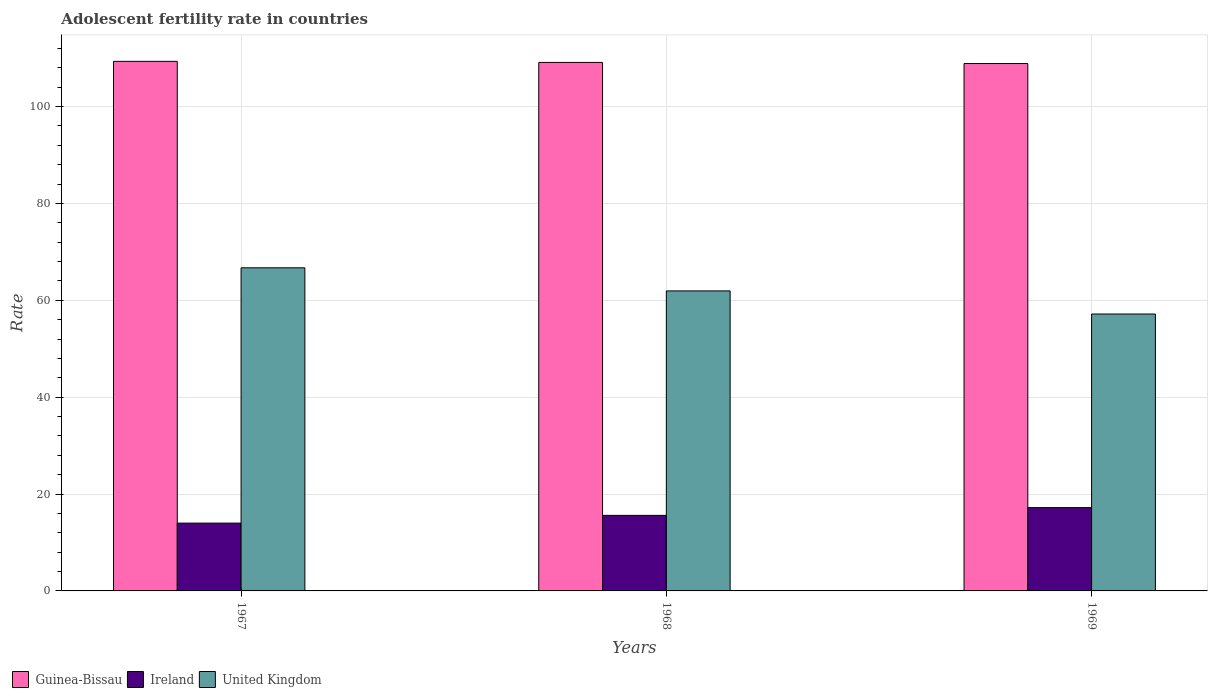
| Years | Guinea-Bissau | Ireland | United Kingdom |
 | --- | --- | --- | --- |
 | 1967 | 109 | 14 | 66.7 |
 | 1968 | 109 | 15.6 | 61.9 |
 | 1969 | 109 | 17.2 | 57.2 |